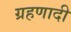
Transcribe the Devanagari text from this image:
ग्रहणादी